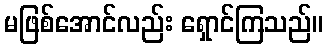
မဖြစ်အောင်လည်း ရှောင်ကြသည်။